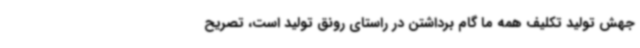
جهش تولید تکلیف همه ما گام برداشتن در راستای رونق تولید است، تصریح